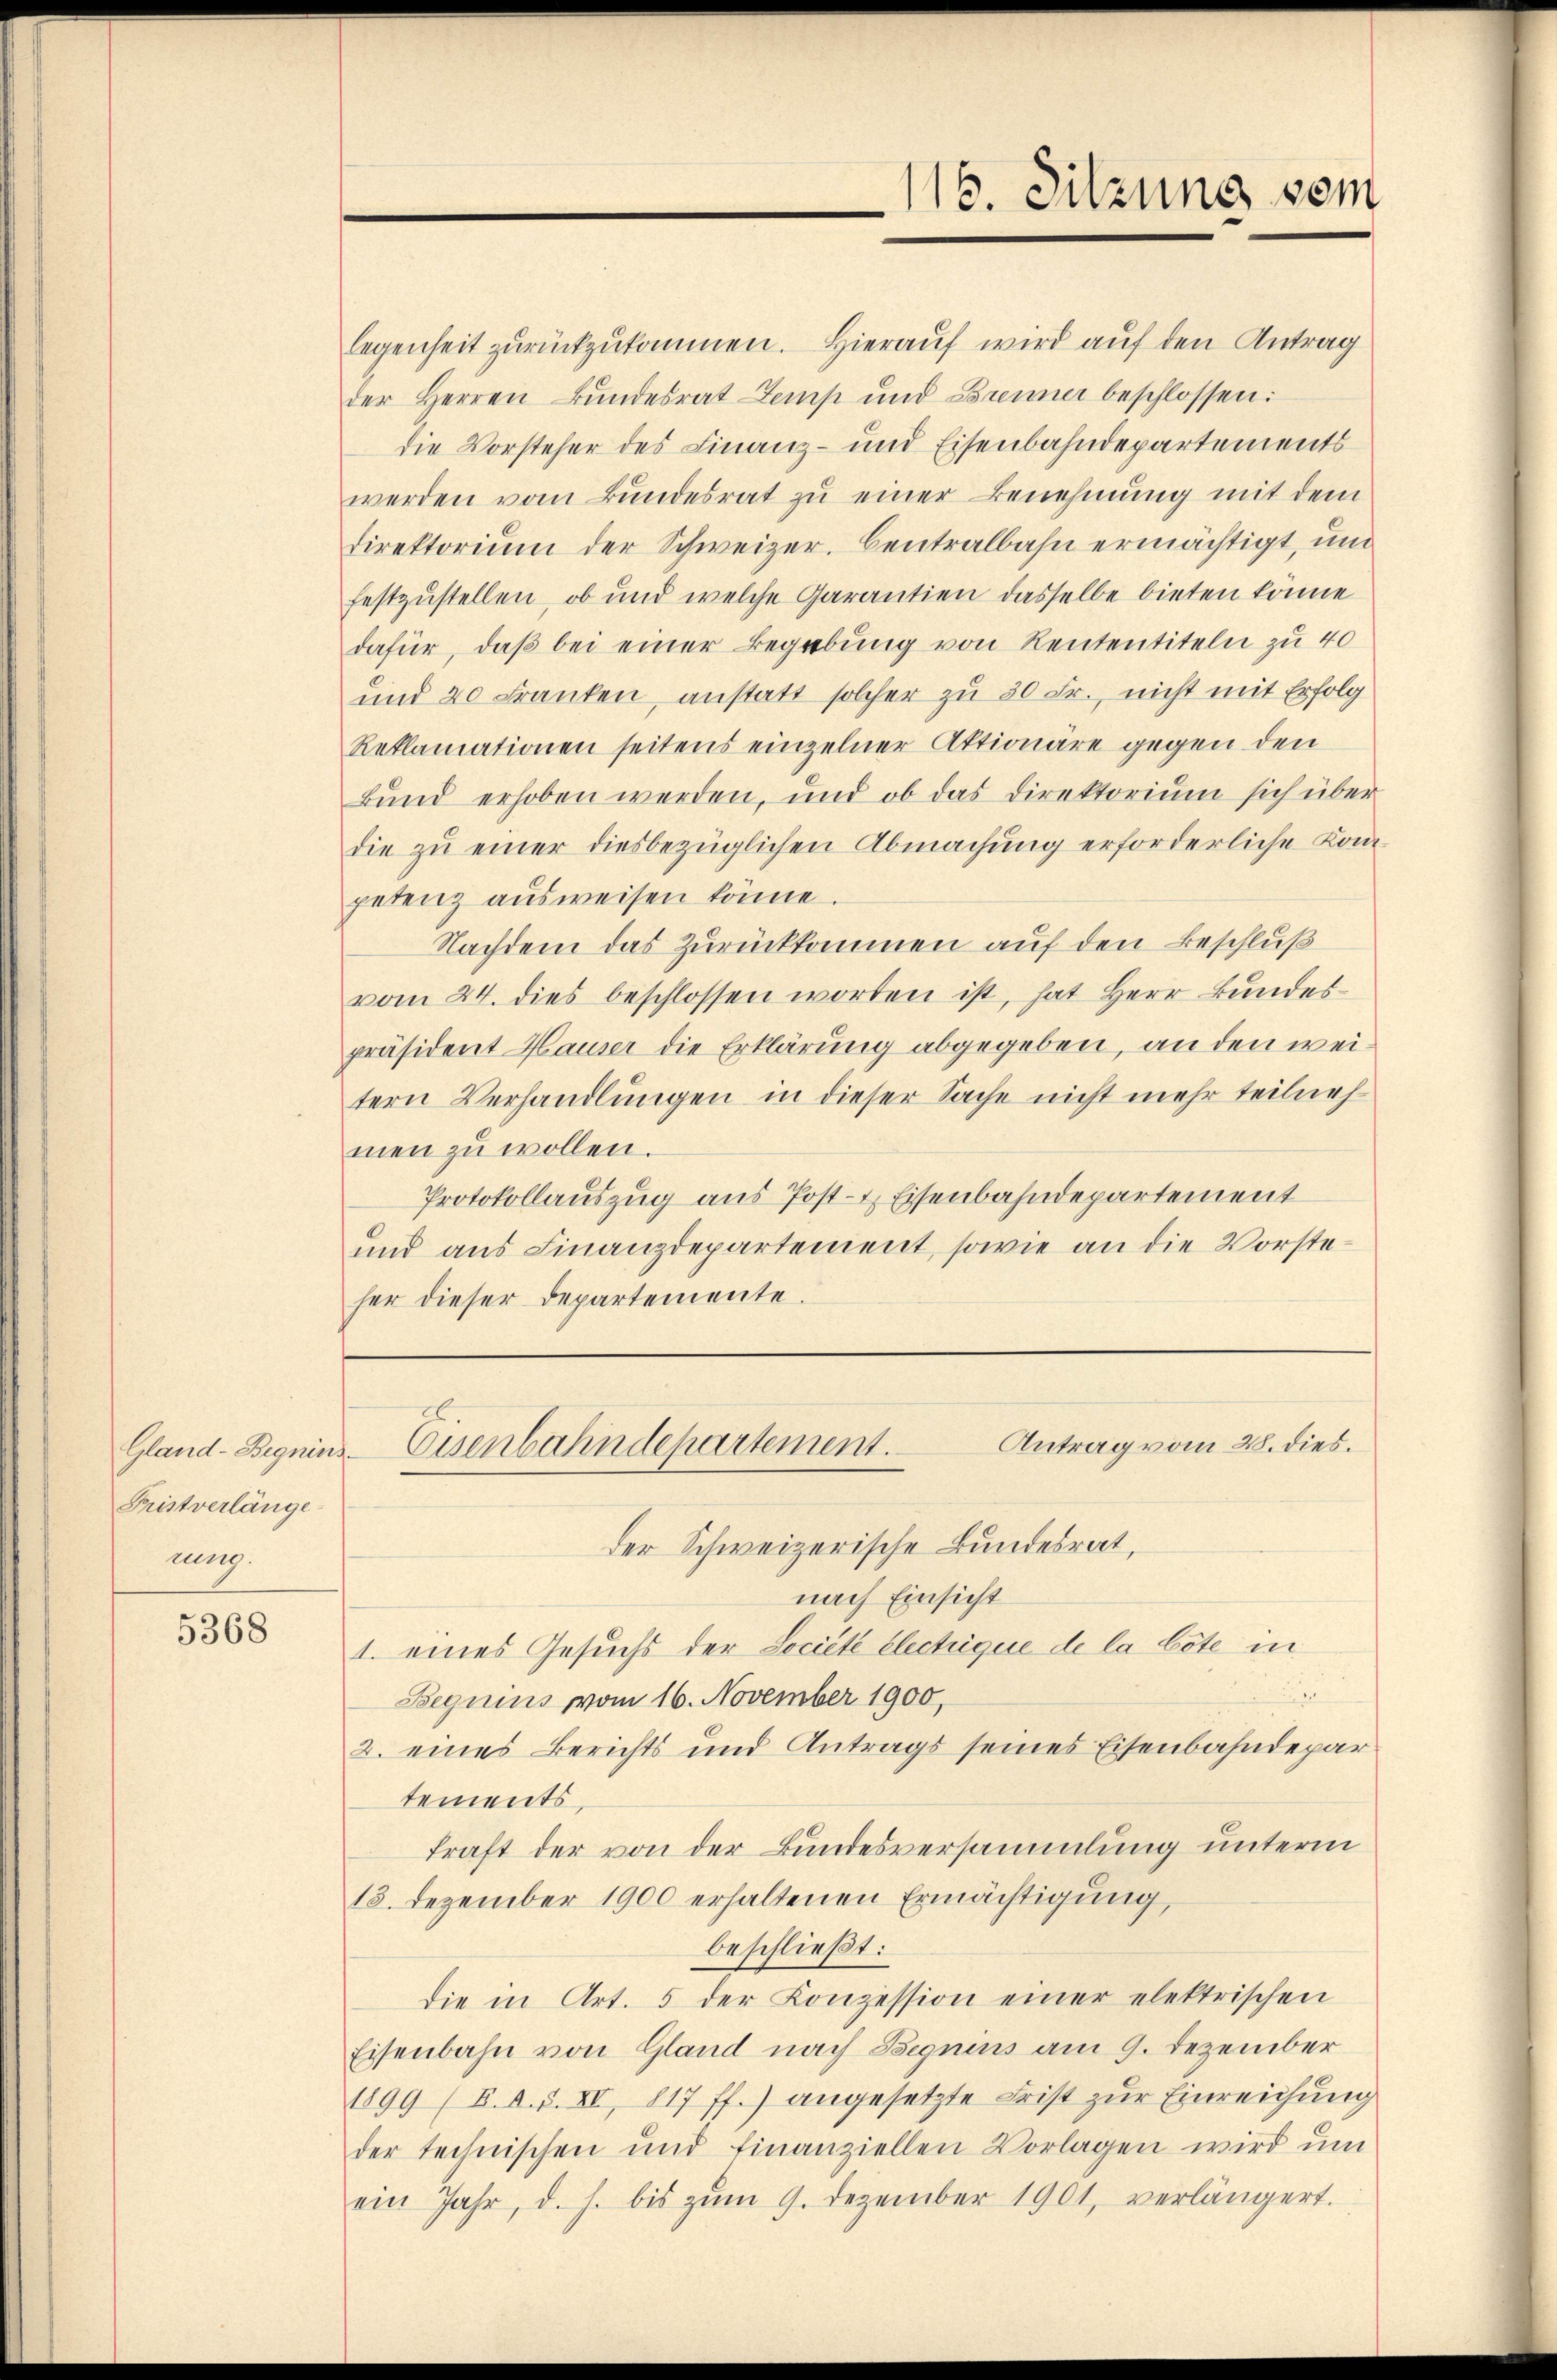
Pristverlänge
rung.

5368

legenheit zurückzukommen. Hierauf wird auf den Antrag
der Herren Bundesrat Zemp und Brenner beschlossen:
die Vorsteher des Finanz- und Eisenbahndepartements
werden vom Bundesrat zu einer Benehmung mit dem
Direktorium der Schweizer. Centralbahn ermächtigt, und
festzustellen, ob und welche Garantien dasselbe bieten könne
dafür, daß bei einer Begabung von Rententiteln zu 40
und 20 Franken, anstatt solcher zu 30 Fr., nicht mit Erfolg
Reklamationen seitens einzelner Aktionäre gegen den
Bund erhoben werden, und ob das Direktorium sich über
die zŭ einer diesbezüglichen Abmachung erforderliche Kom-
petenz ausweisen könne.
Nachdem das Zurückkommen auf den Beschluß
vom 24. dies beschlossen worden ist, hat Herr Bundes
präsident Hauser die Erklärung abgegeben, an den weitern Verhandlungen in dieser Sache nicht mehr teilneh
men zu wollen.
Protokollauszug aus Post- & Eisenbahndepartement
und aus Finanzdepartement, sowie an die Vorsteher dieser Departemente.

116. Sitzung vom

der Schweizerische Bundesrat,
nach Einsicht
1. eines Gesuchs der Lociete Electuique de la böte in
Beguins vom 16. November 1900,
2. eines Berichts und Antrags seines Eisenbahndepartements.
kraft der von der Bundesversammlung unterm
18. Dezember 1900 erhaltenen Ermächtigung,
beschließt:
die in Art. 5 der Konzession einer elektrischen
Eisenbahn von Gland nach Begnius am 9. Dezember
1899 (B. A. S. XV, 817 ff.) angesetzte Frist zur Einreichung
der technischen und finanziellen Vorlagen wird ŭm
ein Jahr, d. h. bis zŭm 9. Dezember 1901, verlängert.

Antrag vom 28. dies.
Gland-Begnins-Eisenbahndepartement.